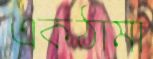
একঠামা